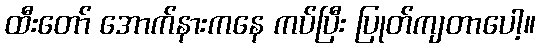
ထီးတော် အောက်နားကနေ ကပ်ပြီး ပြုတ်ကျတာပေါ့။